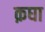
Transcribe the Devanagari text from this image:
क़घा